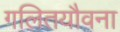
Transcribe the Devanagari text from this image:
गलितयौवना